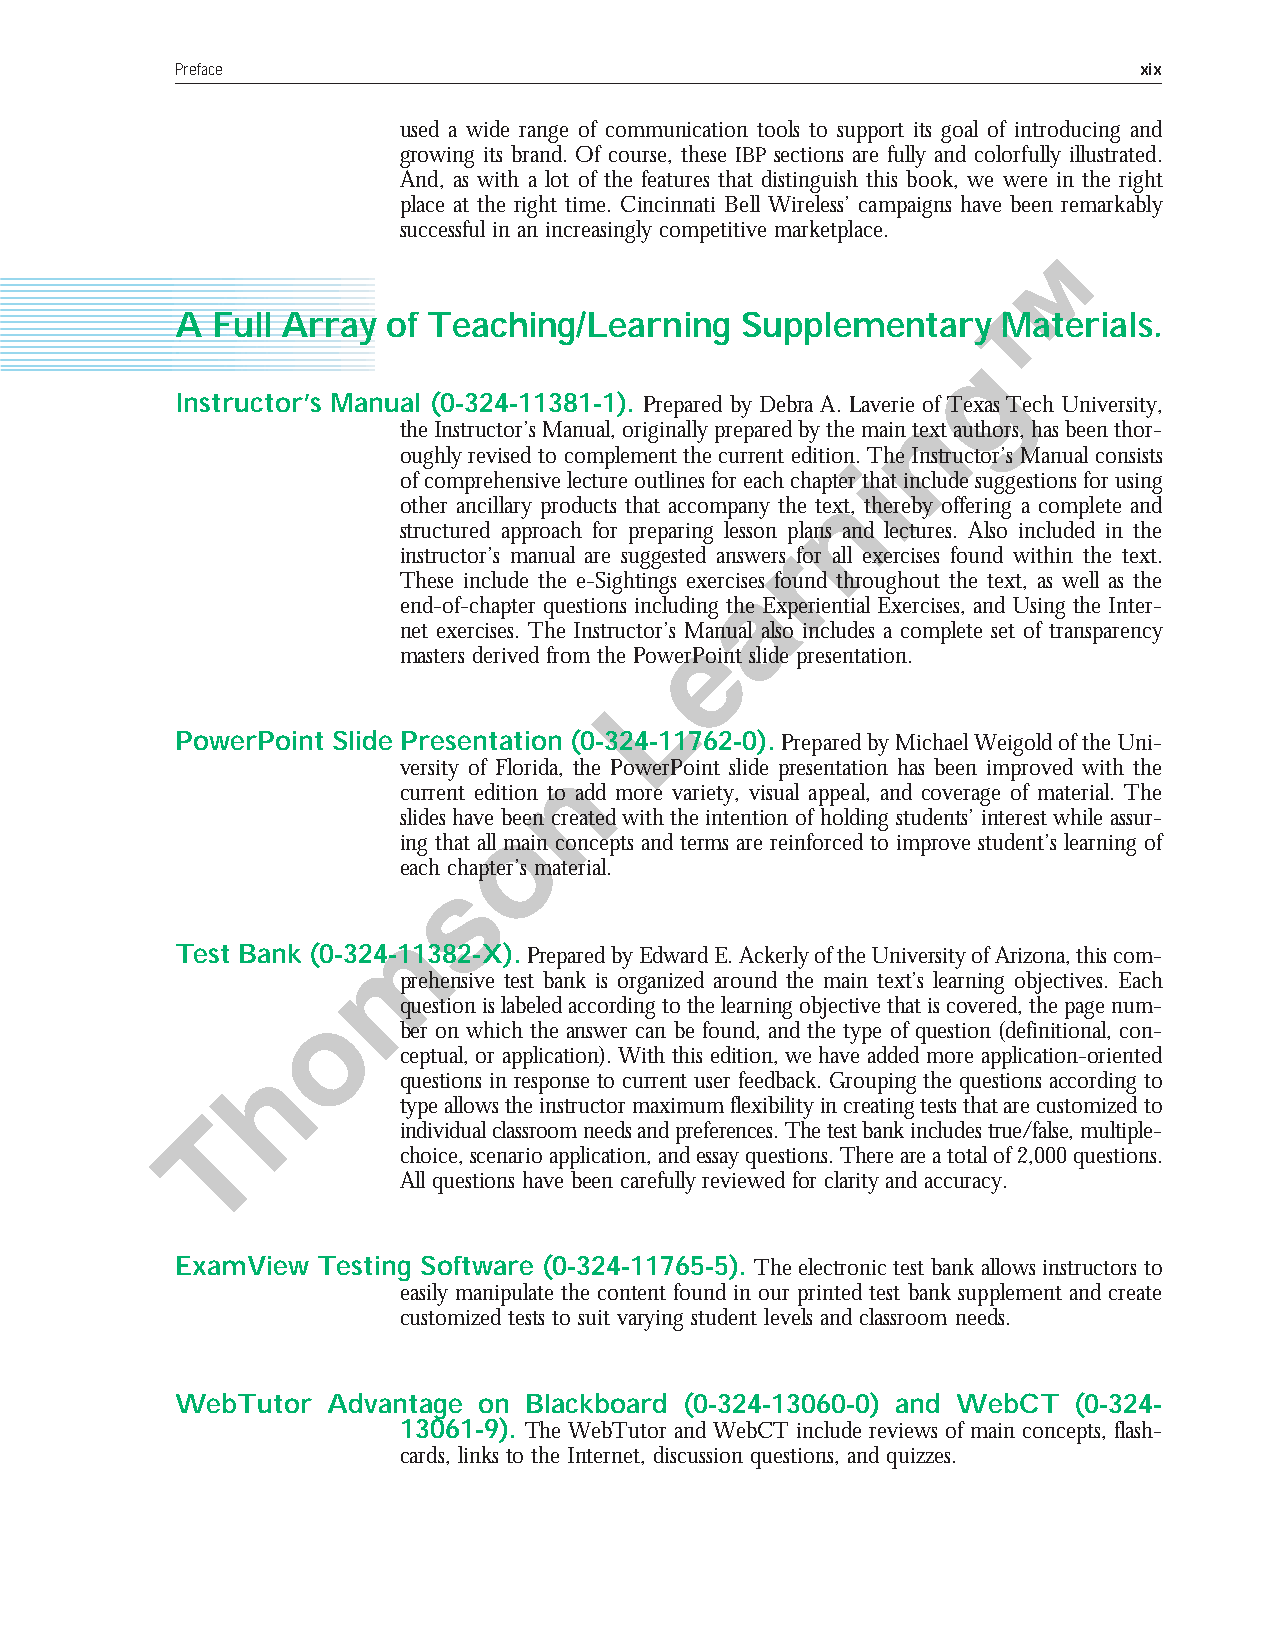
Preface                                                        xix
 used a wide range of communication tools to support its goal of introducing and
 growing its brand. Of course, these IBP sections are fully and colorfully illustrated.
 And, as with a lot of the features that distinguish this book, we were in the right
 place at the right time. Cincinnati Bell Wireless’ campaigns have been remarkably
 successful in an increasingly competitive marketplace.
 A Full Array  of Teaching/Learning   Supplementary    Materials.
 Instructor’s Manual (0-324-11381-1). Prepared by Debra A. Laverie of Texas Tech University,
 the Instructor’s Manual, originally prepared by the main text authors, has been thor-
 oughly revised to complement the current edition. The Instructor’s Manual consists
 of comprehensive lecture outlines for each chapter that include suggestions for using
 other ancillary products that accompany the text, thereby offering a complete and
 structured approach for preparing lesson plans and lectures. Also included in the
 instructor’s manual are suggested answers for all exercises found within the text.
 These include the e-Sightings exercises found throughout the text, as well as the
 end-of-chapter questions including the Experiential Exercises, and Using the Inter-
 net exercises. The Instructor’s Manual also includes a complete set of transparency
 masters derived from the PowerPoint slide presentation.
 PowerPoint Slide Presentation (0-324-11762-0).Prepared by Michael Weigold of the Uni-
 versity of Florida, the PowerPoint slide presentation has been improved with the
 current edition to add more variety, visual appeal, and coverage of material. The
 slides have been created with the intention of holding students’ interest while assur-
 ing that all main concepts and terms are reinforced to improve student’s learning of
 each chapter’s material.
 Test Bank (0-324-11382-X).Prepared by Edward E. Ackerly of the University of Arizona, this com-
 prehensive test bank is organized around the main text’s learning objectives. Each
 question is labeled according to the learning objective that is covered, the page num-
 ber on which the answer can be found, and the type of question (definitional, con-
 ceptual, or application). With this edition, we have added more application-oriented
 questions in response to current user feedback. Grouping the questions according to
 type allows the instructor maximum flexibility in creating tests that are customized to
 individual classroom needs and preferences. The test bank includes true/false, multiple-
 choice, scenario application, and essay questions. There are a total of 2,000 questions.
 All questions have been carefully reviewed for clarity and accuracy.
 ExamView Testing Software (0-324-11765-5). The electronic test bank allows instructors to
 easily manipulate the content found in our printed test bank supplement and create
 customized tests to suit varying student levels and classroom needs.
 WebTutor  Advantage on Blackboard (0-324-13060-0) and WebCT (0-324-
 13061-9). The WebTutor and WebCT include reviews of main concepts, flash-
 cards, links to the Internet, discussion questions, and quizzes.